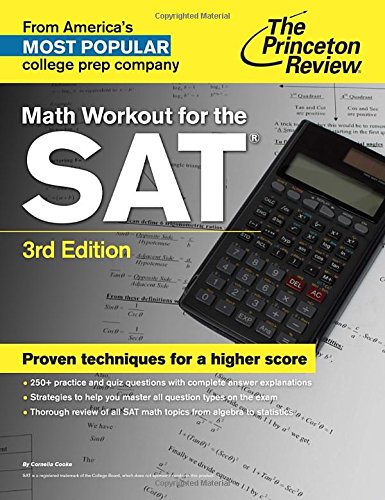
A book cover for Math Workout for the SAT, 3rd Edition (College Test Preparation); Princeton Review; Test Preparation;